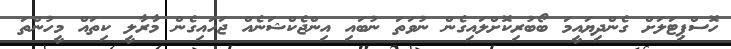
ހޮސްޕިޓަލަށް ގެންދިޔައީމަ ބޯބުރިކޮށްލައިގެން ނުވަތަ ނުބައި އިންޖެކްޝަނެއް ޖަހައިގެން މާރާލީ ކިތައް މީހުންތަ